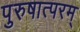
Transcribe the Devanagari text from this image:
पुरुषात्परम्